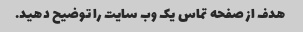
هدف از صفحه تماس یک وب سایت را توضیح دهید.